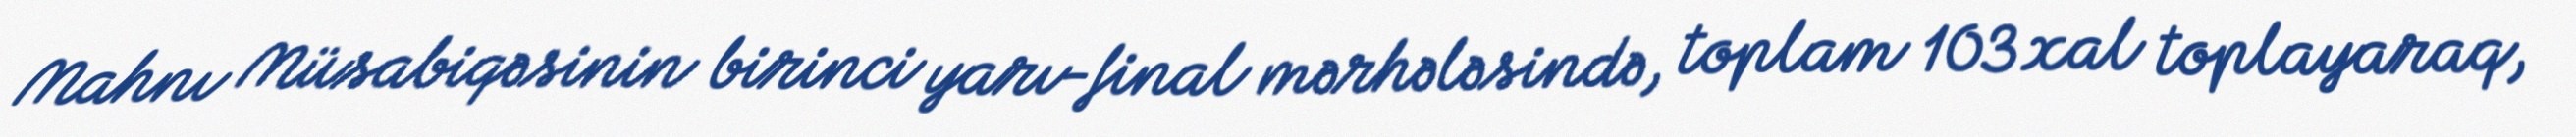
Mahnı Müsabiqəsinin birinci yarı-final mərhələsində, toplam 103 xal toplayaraq,